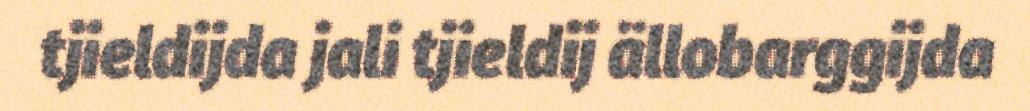
tjieldijda jali tjieldij ällobarggijda